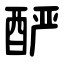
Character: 酽